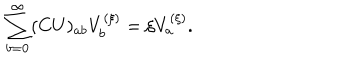
LaTeX: \sum _ { b = 0 } ^ { \infty } ( C U ) _ { a b } V _ { b } ^ { ( \xi ) } = \xi V _ { a } ^ { ( \xi ) } .